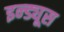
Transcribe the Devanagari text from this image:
इन्ड्यूस